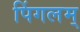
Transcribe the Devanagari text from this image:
पिंगलम्